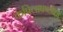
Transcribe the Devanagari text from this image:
कपिलाषष्ठीचा